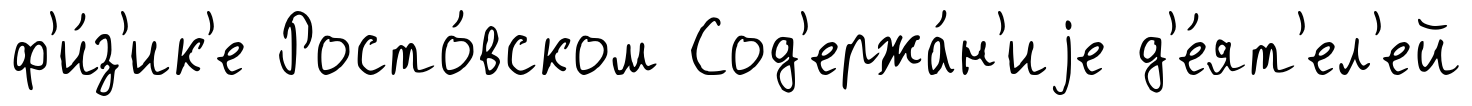
ф'и́з'ик'е Росто́вском Сод'ержа́н'иjе д'е́ят'ел'ей